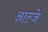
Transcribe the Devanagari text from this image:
आल्जे